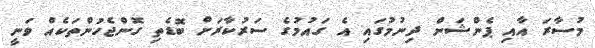
މުސާރަ އާއި ޕެންޝަން ދިނުމުގައި އެ ގައުމުގެ ސަރުކާރަށް ބޮޑެތި ގޮންޖެހުންތަކެއް ވަނީ